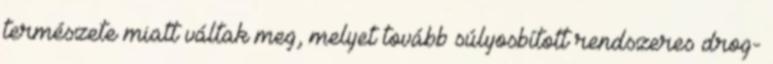
természete miatt váltak meg, melyet tovább súlyosbított rendszeres drog-